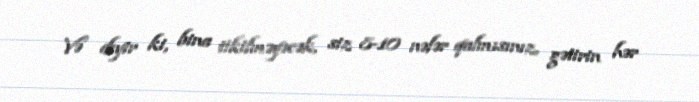
Və deyir ki, bina tikilməyəcək, siz 8-10 nəfər qalmısınız, gətirin hər